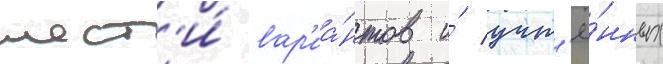
шест'и́ вар'иа́нтов и́ учт'ё́нных